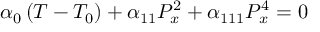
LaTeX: \alpha _ { 0 } \left( T - T _ { 0 } \right) + \alpha _ { 1 1 } P _ { x } ^ { 2 } + \alpha _ { 1 1 1 } P _ { x } ^ { 4 } = 0